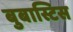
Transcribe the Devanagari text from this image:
बुबास्टिस